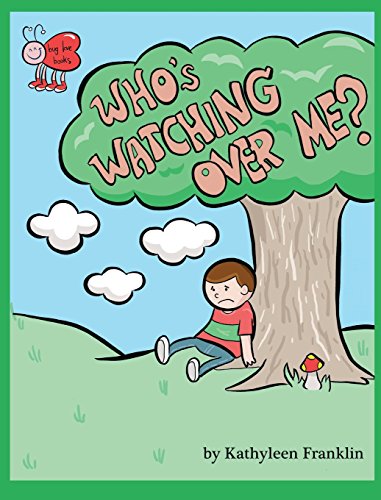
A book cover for Who's Watching Over Me?; Kathyleen Franklin; Parenting & Relationships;